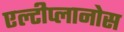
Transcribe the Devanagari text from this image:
एल्टीप्लानोस